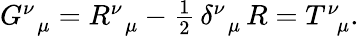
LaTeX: \begin{array}{r}{G_{\, \, \, \mu}^{\nu}=R_{\, \, \, \mu}^{\nu}-\frac{1}{2}\, \delta_{\, \, \, \mu}^{\nu}\, R=T_{\, \, \, \mu}^{\nu}.}\end{array}